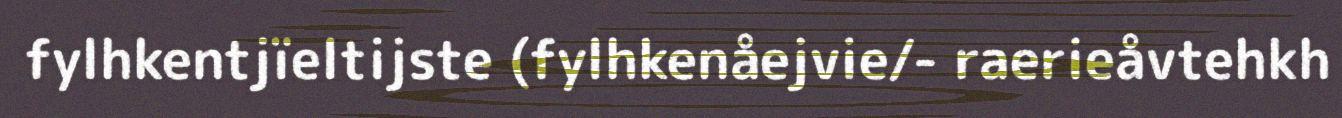
fylhkentjïeltijste (fylhkenåejvie/- raerieåvtehkh